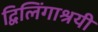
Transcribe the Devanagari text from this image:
द्विलिंगाश्रयी